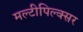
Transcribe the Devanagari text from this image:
मल्टीपिल्क्सर